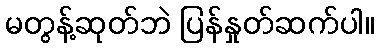
မတွန့်ဆုတ်ဘဲ ပြန်နှုတ်ဆက်ပါ။